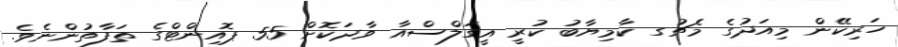
ހަރިކޭން މިއަދުގެ މެޗުގ ކާމިޔާބު ކުރީ އީގަލްސްއާ ވާދަކޮށް 55 ޕޮއިންޓްގެ ތަފާތުންނެވެ.